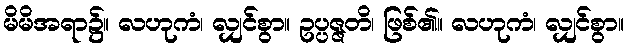
မိမိအရာ၌။ လဟုကံ၊ လျှင်စွာ။ ဥပ္ပဇ္ဇတိ၊ ဖြစ်၏။ လဟုကံ၊ လျှင်စွာ။